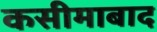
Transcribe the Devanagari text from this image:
कसीमाबाद